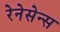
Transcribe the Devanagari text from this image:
रेनेसेन्स